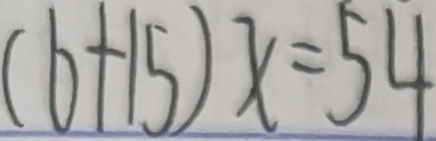
( 6 + 1 5 ) x = 5 4